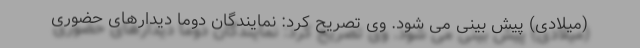
(میلادی) پیش بینی می شود. وی تصریح کرد: نمایندگان دوما دیدارهای حضوری